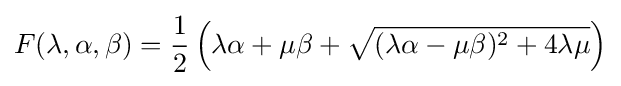
F(\lambda ,\alpha ,\beta )={\frac {1}{2}}\left(\lambda \alpha +\mu \beta +{\sqrt {(\lambda \alpha -\mu \beta )^{2}+4\lambda \mu }}\right)